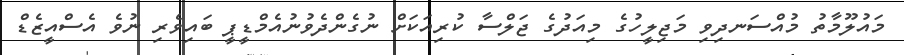
މައުލޫމާތު މުއްސަނދިވި މަޖިލީހުގެ މިއަދުގެ ޖަލްސާ ކުރިއަކަށް ނުގެންދެވުނުއެމްޑީޕީ ބައިވެރި ނުވެ އެސްއީޒެޑް